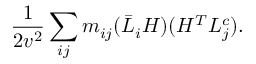
\frac { 1 } { 2 v ^ { 2 } } \sum _ { i j } m _ { i j } ( \bar { L } _ { i } H ) ( H ^ { T } L _ { j } ^ { c } ) .